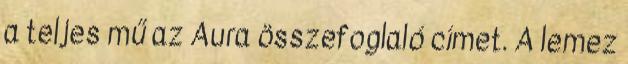
a teljes mű az Aura összefoglaló címet. A lemez